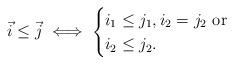
LaTeX: \begin{align*}\vec{i}\leq\vec{j}\iff \begin{cases} i_1\leq j_1, i_2=j_2\textrm{ or } \\ i_2\leq j_2.\end{cases}\end{align*}